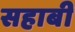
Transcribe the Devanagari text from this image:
सहाबी